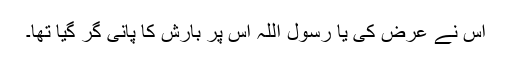
اس نے عرض کی یا رسول اللہ اس پر بارش کا پانی گر گیا تھا۔